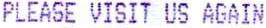
===== PLEASE VISIT US AGAIN =====